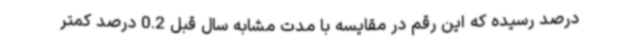
درصد رسیده که این رقم در مقایسه با مدت مشابه سال قبل 0.2 درصد کمتر